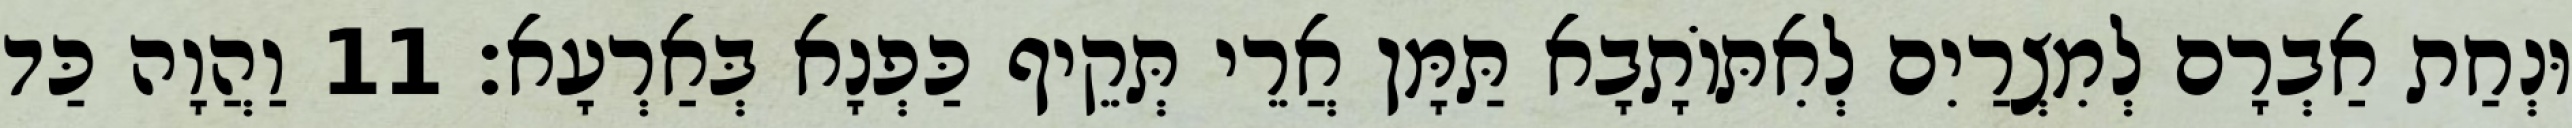
וּנְחַת אַבְרָם לְמִצְרַיִם לְאִתּוֹתָבָא תַּמָּן אֲרֵי תְּקֵיף כַּפְנָא בְּאַרְעָא׃ 11 וַהֲוָה כַּד